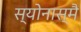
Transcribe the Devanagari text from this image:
स्योनास्मै